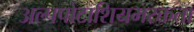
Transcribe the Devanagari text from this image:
अल्पपोटाशियमरक्तता